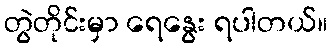
တွဲတိုင်းမှာ ရေနွေး ရပါတယ်။